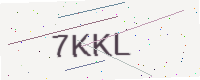
Text: 7KKL